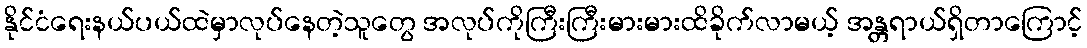
နိုင်ငံရေးနယ်ပယ်ထဲမှာလုပ်နေတဲ့သူတွေ အလုပ်ကိုကြီးကြီးမားမားထိခိုက်လာမယ့် အန္တရာယ်ရှိတာကြောင့်